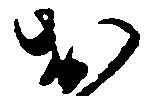
お